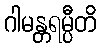
ဂါမန္တရမ္ပီတိ